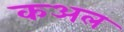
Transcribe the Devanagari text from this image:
कअल